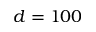
d = 1 0 0